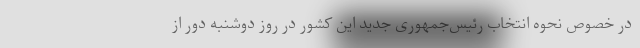
در خصوص نحوه انتخاب رئیس‌جمهوری جدید این کشور در روز دوشنبه دور از